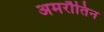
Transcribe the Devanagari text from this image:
अमरौतिन